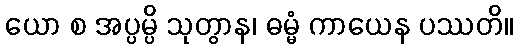
ယော စ အပ္ပမ္ပိ သုတွာန၊ ဓမ္မံ ကာယေန ပဿတိ။